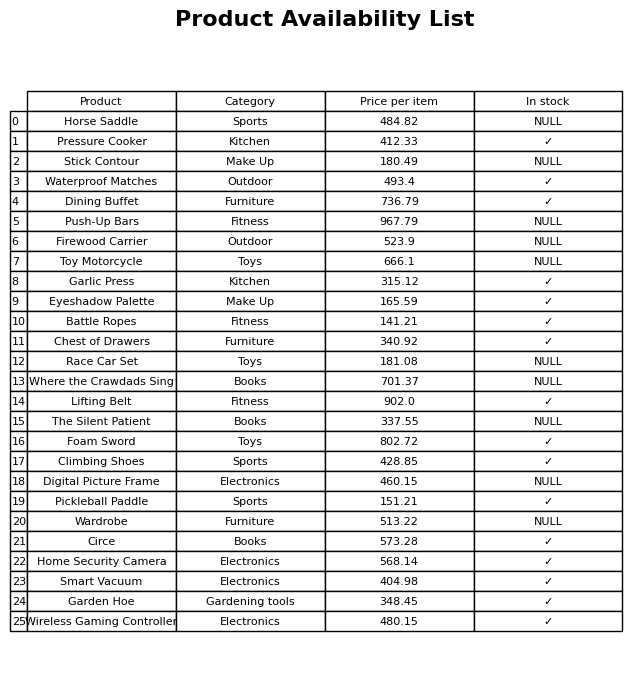
question: What is the price for Dining Buffet?
answer: The price of Dining Buffet is 736.79.